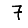
Digit: 7